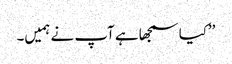
’’کیا سمجھا ہے آپ نے ہمیں۔